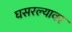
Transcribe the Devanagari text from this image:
घसरल्यावर